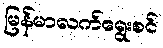
မြန်မာလက်ရွေးစင်